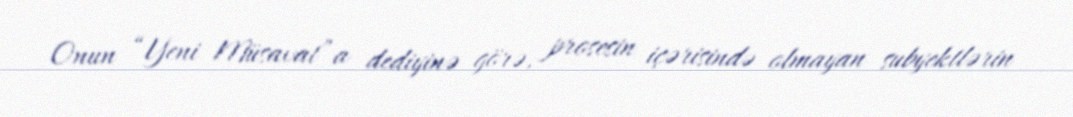
Onun “Yeni Müsavat”a dediyinə görə, prosesin içərisində olmayan subyektlərin